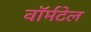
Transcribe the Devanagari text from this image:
वॉर्मटेल